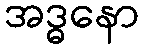
အဒ္ဓနော